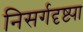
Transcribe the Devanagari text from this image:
निसर्गदृष्ट्या